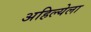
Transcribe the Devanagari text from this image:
अहिल्येला